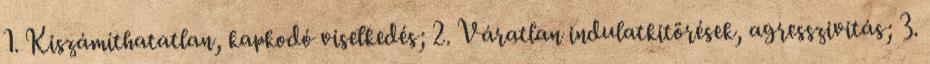
1. Kiszámíthatatlan, kapkodó viselkedés; 2. Váratlan indulatkitörések, agresszivitás; 3.